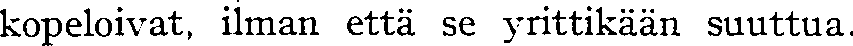
kopeloivat, ilman että se yrittikään suuttua.